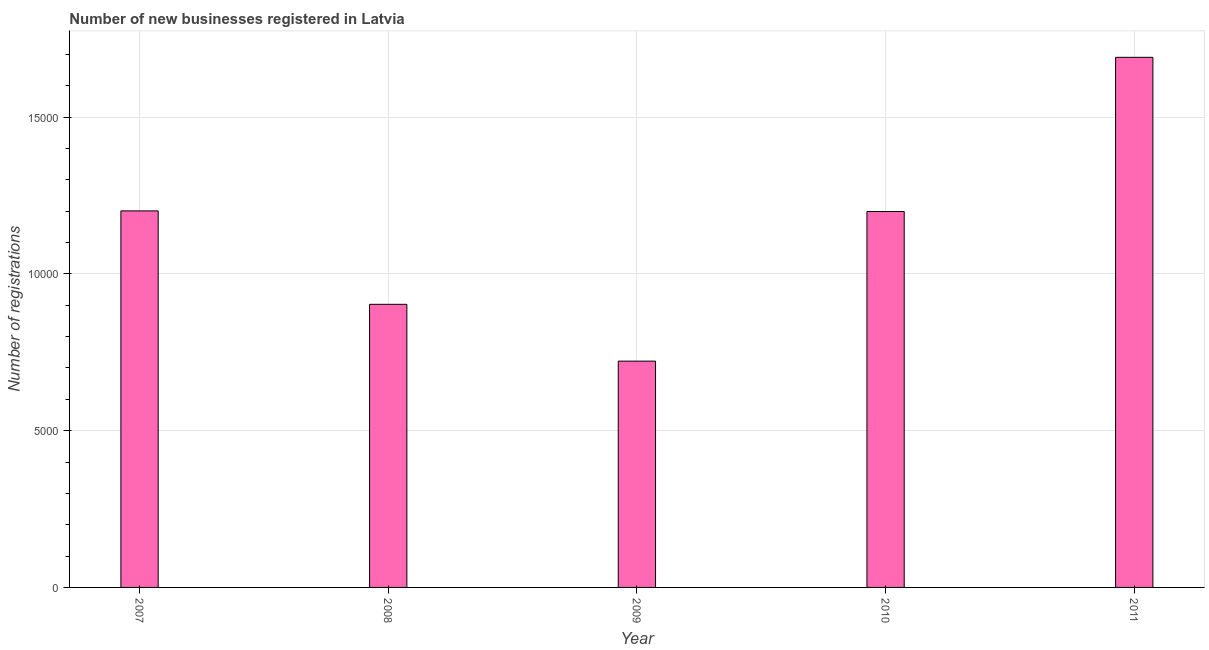
| Year | New businesses |
 | --- | --- |
 | 2007 | 1.2e+04 |
 | 2008 | 9.03e+03 |
 | 2009 | 7.22e+03 |
 | 2010 | 1.2e+04 |
 | 2011 | 1.69e+04 |